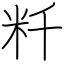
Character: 粁